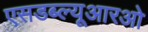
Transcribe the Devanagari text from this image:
एसडब्ल्यूआरओ